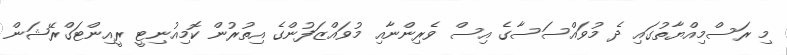
މި ރަސްމިއްޔާތުގައި ދެ މުވައްސަސާގެ އިސް ވެރިންނާއި މުވައްޒަފުންގެ އިތުރުން ކޮމިއުނިޓީ ރީއިންޓަގްރޭޝަން